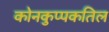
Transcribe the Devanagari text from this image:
कोनकुप्पकतिल